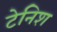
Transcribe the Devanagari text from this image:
टेनिश